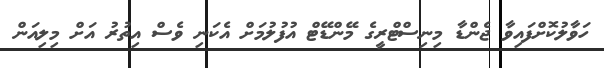
ހަވާލުކޮށްފައިވާ ޖެންޑާ މިނިސްޓްރީގެ މޭންޑޭޓް އުފުލުމަށް އެކަނި ވެސް އިތުރު އަށް މިލިއަން